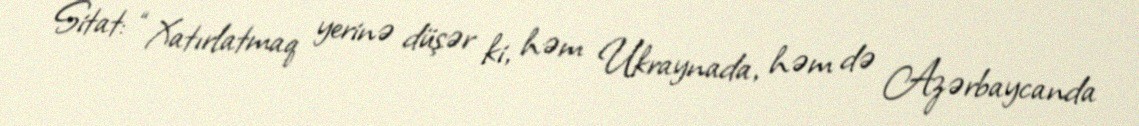
Sitat: “Xatırlatmaq yerinə düşər ki, həm Ukraynada, həm də Azərbaycanda